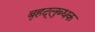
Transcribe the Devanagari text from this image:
बृहद्‌लुब्धक